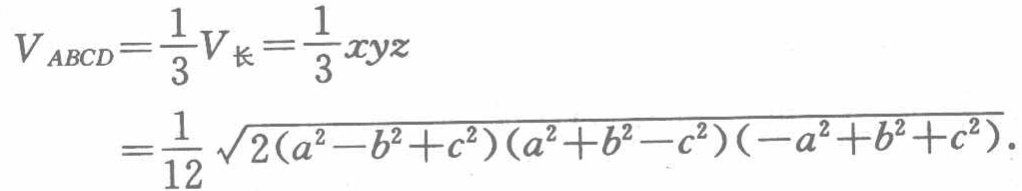
\[

\begin{align*}

V_{ABCD}&=\frac{1}{3}V_{长}=\frac{1}{3}xyz\\

&=\frac{1}{12}\sqrt{2(a^{2}-b^{2}+c^{2})(a^{2}+b^{2}-c^{2})(-a^{2}+b^{2}+c^{2})}.

\end{align*}

\]